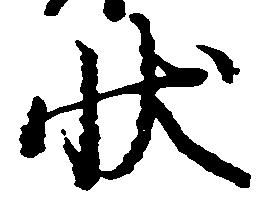
状